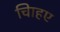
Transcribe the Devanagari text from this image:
चािहए